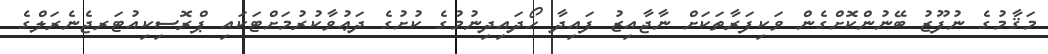
މަޤާމުގެ ނުފޫޒު ބޭނުންކޮށްގެން ވަކިފަރާތަކަށް ނާޖާއިޒު ފައިދާ ހޯދައިދިނުމުގެ ކުށުގެ ދަޢުވާކުރުމަށްޓަކައި ޕްރޮސިކިއުޓަރޖެނެރަލްގެ